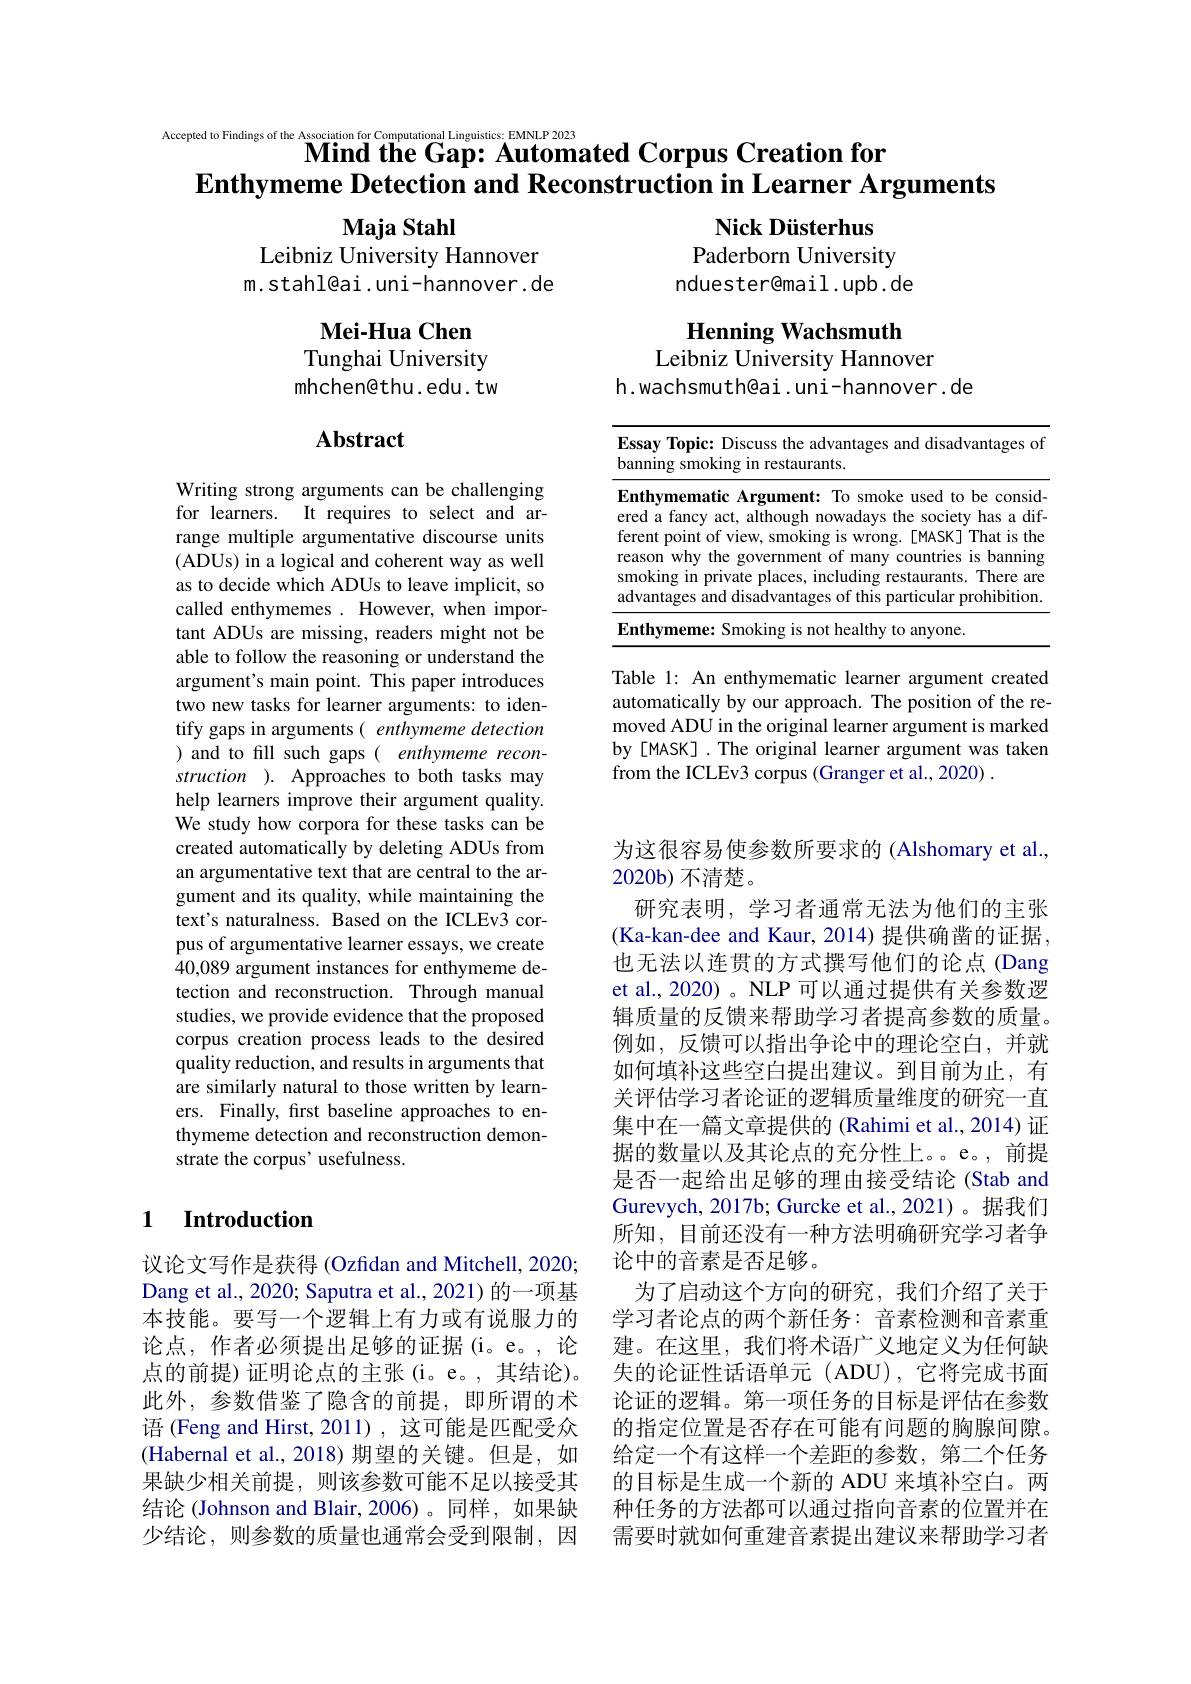
$\overset{\text{Accepted to Findings of the Association for Computational Linguistics: EMNLP 2023}}{\textbf{Mind the Gap: Automated Corpus Creation for}}$
$\textbf{Enthymeme Detection and Reconstruction in Learner Arguments}$

Nick Düsterhus
Paderborn University nduester@mail.upb.de

Maja Stahl
Leibniz University Hannover m.stahl@ai.uni-hannover.de

Henning Wachsmuth
Leibniz University Hannover

h.wachsmuth@ai. uni-hannover. de

$\mathbf{Mei-HuaChen}$ Tunghai University mhchen@thu.edu. tw

## Abstract

<table>
	<tbody>
		<tr>
			<td>$\mathbf{E}$ $b$</td>
			<td>ay Topic: Discuss the advantages and disadvantages of ning smoking in restaurants.</td>
		</tr>
		<tr>
			<td>$\mathbf{E}$ $e$</td>
			<td>hymematic Argument: To smoke used to be consid a fancy act, although nowadays the society has a dif</td>
		</tr>
	</tbody>
</table>

Table 1: An enthymematic learner argument created automatically by our approach. The position of the removed ADU in the original learner argument is marked by [MASK] .The original learner argument was taken from the ICLEv3 corpus (Granger et al., 2020) .

Writing strong arguments can be challenging for learners. It requires to select and arrange multiple argumentative discourse units (ADUs) in a logical and coherent way as well as to decide which ADUs to leave implicit, so called enthymemes. However, when important ADUs are missing, readers might not be able to follow the reasoning or understand the argument's main point. This paper introduces two new tasks for learner arguments: to identify gaps in arguments( enthymeme detection ) and to fill such gaps( enthymeme reconstruction ). Approaches to both tasks may help learners improve their argument quality. We study how corpora for these tasks can be created automatically by deleting ADUs from an argumentative text that are central to the argument and its quality, while maintaining the text's naturalness. Based on the ICLEv3 corpus of argumentative learner essays, we create 40,089 argument instances for enthymeme detection and reconstruction. Through manual studies, we provide evidence that the proposed corpus creation process leads to the desired quality reduction, and results in arguments that are similarly natural to those written by learners. Finally, first baseline approaches to enthymeme detection and reconstruction demonstrate the corpus' usefulness.

为这很容易使参数所要求的 (Alshomary et al.,
2020b) 不清楚。
研究表明，学习者通常无法为他们的主张(Ka-kan-dee and Kaur,2014)提供确凿的证据， 也无法以连贯的方式撰写他们的论点 (Dang et al., 2020) 。NLP 可以通过提供有关参数逻辑质量的反馈来帮助学习者提高参数的质量。例如，反馈可以指出争论中的理论空白，并就如何填补这些空白提出建议。到目前为止，有关评估学习者论证的逻辑质量维度的研究一直集中在一篇文章提供的 (Rahimi et al., 2014) 证据的数量以及其论点的充分性上。e。,前提是否一起给出足够的理由接受结论(Stab and Gurevych, 2017b; Gurcke et al.,2021)。据我们所知 , 目前还没有一种方法明确研究学习者争论中的音素是否足够。
为了启动这个方向的研究，我们介绍了关于学习者论点的两个新任务：音素检测和音素重建。在这里，我们将术语广义地定义为任何缺失的论证性话语单元(ADU),它将完成书面论证的逻辑。第一项任务的目标是评估在参数的指定位置是否存在可能有问题的胸腺间隙。给定一个有这样一个差距的参数，第二个任务的目标是生成一个新的 ADU 来填补空白。两种任务的方法都可以通过指向音素的位置并在需要时就如何重建音素提出建议来帮助学习者

### 1 Introduction

议论文写作是获得 (Ozfidan and Mitchell, 2020; Dang et al., 2020; Saputra et al., 2021) 的一项基本技能。要写一个逻辑上有力或有说服力的论点，作者必须提出足够的证据(i。e。,论点的前提)证明论点的主张(i。e。,其结论)。此外，参数借鉴了隐含的前提，即所谓的术语 (Feng and Hirst, 2011) ,这可能是匹配受众(Habernal et al., 2018) 期望的关键。但是，如果缺少相关前提，则该参数可能不足以接受其结论 (Johnson and Blair, 2006)。同样，如果缺少结论，则参数的质量也通常会受到限制，因